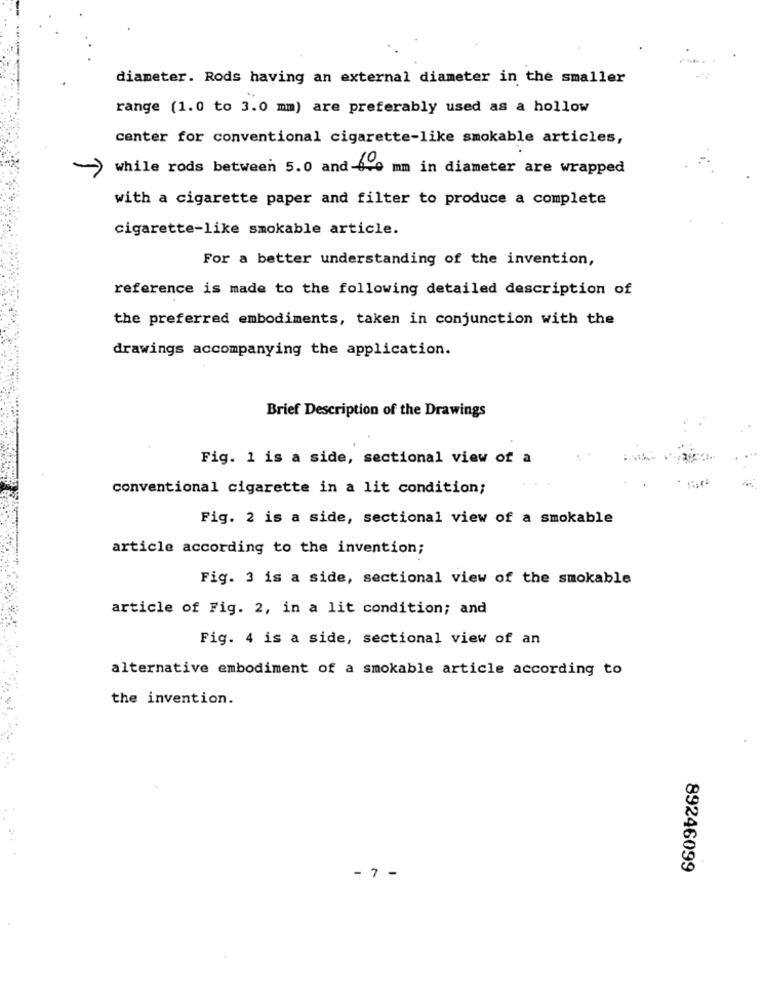
diameter. Rods having an external diameter in the smaller
range (1.0 to 3.0 mm) are preferably used as a hollow
center for conventional cigarette-like smokable articles,
while rods between 5.0 and-6-0 mm in diameter are wrapped
with a cigarette paper and filter to produce a complete
cigarette-like smokable article.
For a better understanding of the invention,
reference is made to the following detailed description of
the preferred embodiments, taken in conjunction with the
drawings accompanying the application.
Brief Description of the Drawings
Fig. 1 is a side, sectional view of a
conventional cigarette in a lit condition;
Fig. 2 is a side, sectional view of a smokable
article according to the invention;
Fig. 3 is a side, sectional view of the smokable
article of Fig. 2, in a lit condition; and
Fig. 4 is a side, sectional view of an
alternative embodiment of a smokable article according to
the invention.
89246099
- 7 -